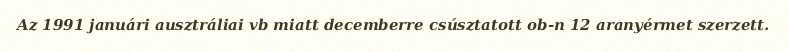
Az 1991 januári ausztráliai vb miatt decemberre csúsztatott ob-n 12 aranyérmet szerzett.